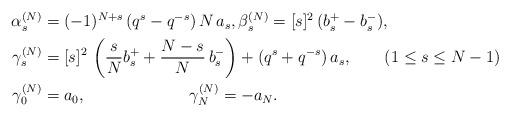
LaTeX: \begin{align*}\begin{aligned}\alpha_s^{(N)} &= (-1)^{N+s} \, (q^s - q^{-s}) \, N \, a_s, \beta_s^{(N)} = [s]^2 \, (b_s^+ - b_s^-),\\\gamma_s^{(N)} &= [s]^2 \,\left(\dfrac{s}{N}b_s^+ + \dfrac{N-s}{N} \, b_s^-\right) +(q^s + q^{-s}) \, a_s, \qquad(1 \leq s \leq N-1)\\\gamma_0^{(N)} &=a_0, \qquad\qquad\qquad\ \gamma_N^{(N)} = -a_N. \end{aligned}\end{align*}